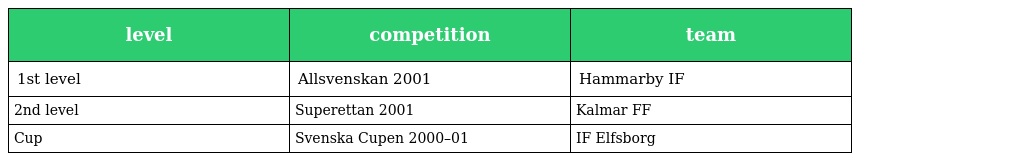
| level | competition | team |
 | --- | --- | --- |
 | 1st level | Allsvenskan 2001 | Hammarby IF |
 | 2nd level | Superettan 2001 | Kalmar FF |
 | Cup | Svenska Cupen 2000–01 | IF Elfsborg |